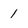
Character: 1